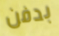
بدفن